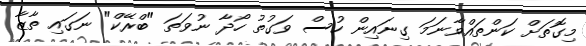
މިގޮތަށް ކަންތައްވާނަމަ ގިނައިން ހުސް ވަގުތު ހޯދާ ނުވަތަ "ބްރޭކް" ނަގައި ތާޒާ